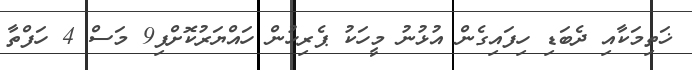
ޚަތިމަކާއި ދެބަޑި ހިފައިގެން އުޅުނު މީހަކު ޕެރިހުން ހައްޔަރުކޮށްފި9 މަސް 4 ހަފްތާ